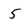
Character: 5